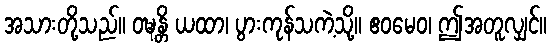
အသားတို့သည်။ ဝဍ္ဎန္တိ ယထာ၊ ပွားကုန်သကဲ့သို့။ ဧဝမေဝ၊ ဤအတူလျှင်။